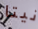
نيتا